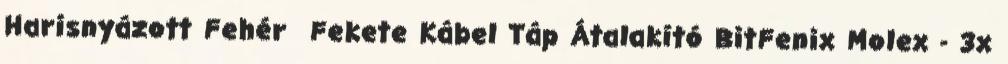
Harisnyázott Fehér Fekete Kábel Táp Átalakító BitFenix Molex - 3x